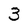
Character: 3